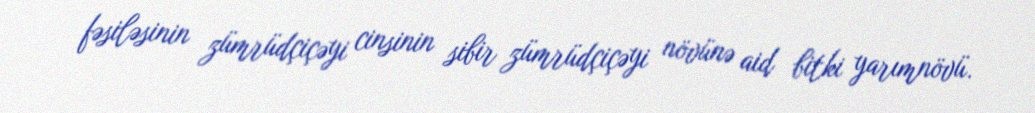
fəsiləsinin zümrüdçiçəyi cinsinin sibir zümrüdçiçəyi növünə aid bitki yarımnövü.